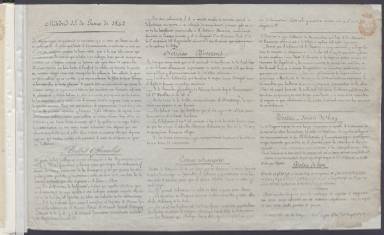
Título: La Hoja litográfica
Colección: Periódicos
Ámbito geográfico: Madrid
Lugar de publicación: Madrid
Fechas: 15/06/1842-31/08/1842